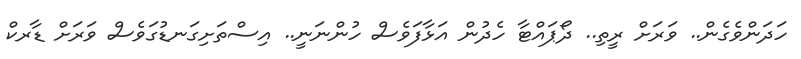
ހަދަންވެގެން.. ވަރަށް ރީތި.. ދޯޕައްޓާ ހެދުން އަޅާފަވެސް ހުންނަނީ.. އިސްތަށިގަނޑުގަވެސް ވަރަށް ޑާރކް